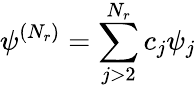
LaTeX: {\psi^{(N_{r})}=\sum_{j>2}^{N_{r}}c_{j}\psi_{j}}